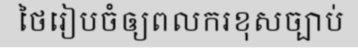
ថៃរៀបចំឲ្យពលករខុសច្បាប់